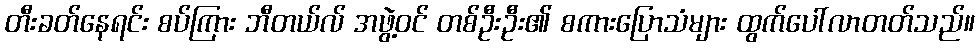
တီးခတ်နေရင်း စပ်ကြား ဘီတယ်လ် အဖွဲ့ဝင် တစ်ဦးဦး၏ စကားပြောသံများ ထွက်ပေါ်လာတတ်သည်။